Grant in aid of salaries of teachers, 1917
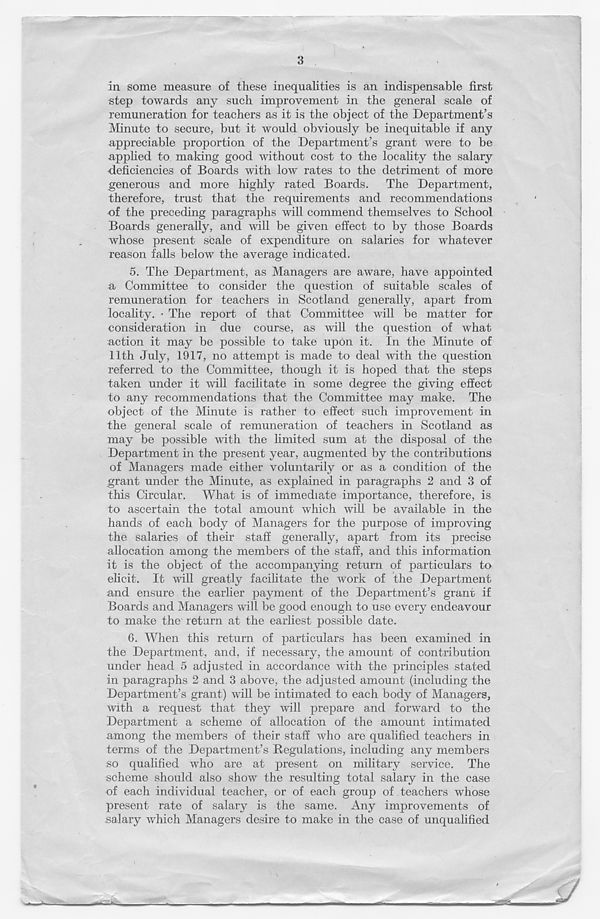
3
in some measure of these inequalities is an indispensable first
step towards any such improvement in the general scale of
remuneration for teachers as it is the object of the Department’s
Minute to secure, but it would, obviously be inequitable if any
appreciable proportion of the Department’s grant were to be
applied to making good without cost to the locality the salary
deficiencies of Boards with low rates to the detriment of more
generous and more highly rated Boards. The Department,
therefore, trust that the requirements and recommendations
of the preceding paragraphs will commend themselves to School
Boards generally, and will be given effect to by those Boards
whose present scale of expenditure on salaries for whatever
reason falls below the average indicated.
5. The Department, as Managers are aware, have appointed
a Committee to consider the question of suitable scales of
remuneration for teachers in Scotland generally, apart from
locality. • The report of that Committee will be matter for
consideration in due course, as will the question of what
action it may be possible to take upon it. In the Minute of
11th July, 1917, no attempt is made to deal with the question
referred to the Committee, though it is hoped that the steps
taken under it will facilitate in some degree the giving effect
to any recommendations that the Committee may make. The
object of the Minute is rather to effect such improvement in
the general scale of remuneration of teachers in Scotland as
may be possible with the limited sum at the disposal of the
Department in the present year, augmented by the contributions
of Managers made either voluntarily or as a condition of the
grant under the Minute, as explained in paragraphs 2 and 3 of
this Circular. What is of immediate importance, therefore, is
to ascertain the total amount which will be available in the
hands of each body of Managers for the purpose of improving
the salaries of their staff generally, apart from its precise
allocation among the members of the staff, and this information
it is the object of the accompanying return of particulars to
elicit. It will greatly facilitate the work of the Department
and ensure the earlier payment of the Department’s grant if
Boards and Managers will be good enough to use every endeavour
to make the return at the earliest possible date.
6. When this return of particulars has been examined in
the Department, and, if necessary, the amount of contribution
under head 5 adjusted in accordance with the principles stated
in paragraphs 2 and 3 above, the adjusted amount (including the
Department’s grant) will be intimated to each body of Managers,
with a request that they will prepare and forward to the
Department a scheme of allocation of the amount intimated
among the members of their staff who are qualified teachers in
terms of the Department’s Regulations, including any members
so qualified who are at present on military service. The
scheme should also show the resulting total salary in the case
of each individual teacher, or of each group of teachers whose
present rate of salary is the same. Any improvements of
salary which Managers desire to make in the case of unqualified